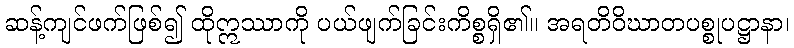
ဆန့်ကျင်ဖက်ဖြစ်၍ ထိုဣဿာကို ပယ်ဖျက်ခြင်းကိစ္စရှိ၏။ အရတိဝိဃာတပစ္စုပဋ္ဌာနာ၊